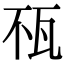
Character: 𤬭